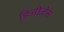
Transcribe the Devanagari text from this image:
डिजीज़ेस